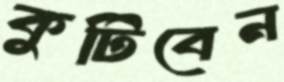
কুটিবেন